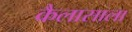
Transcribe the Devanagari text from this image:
कैलासाला